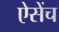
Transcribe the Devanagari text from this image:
ऐसेंच